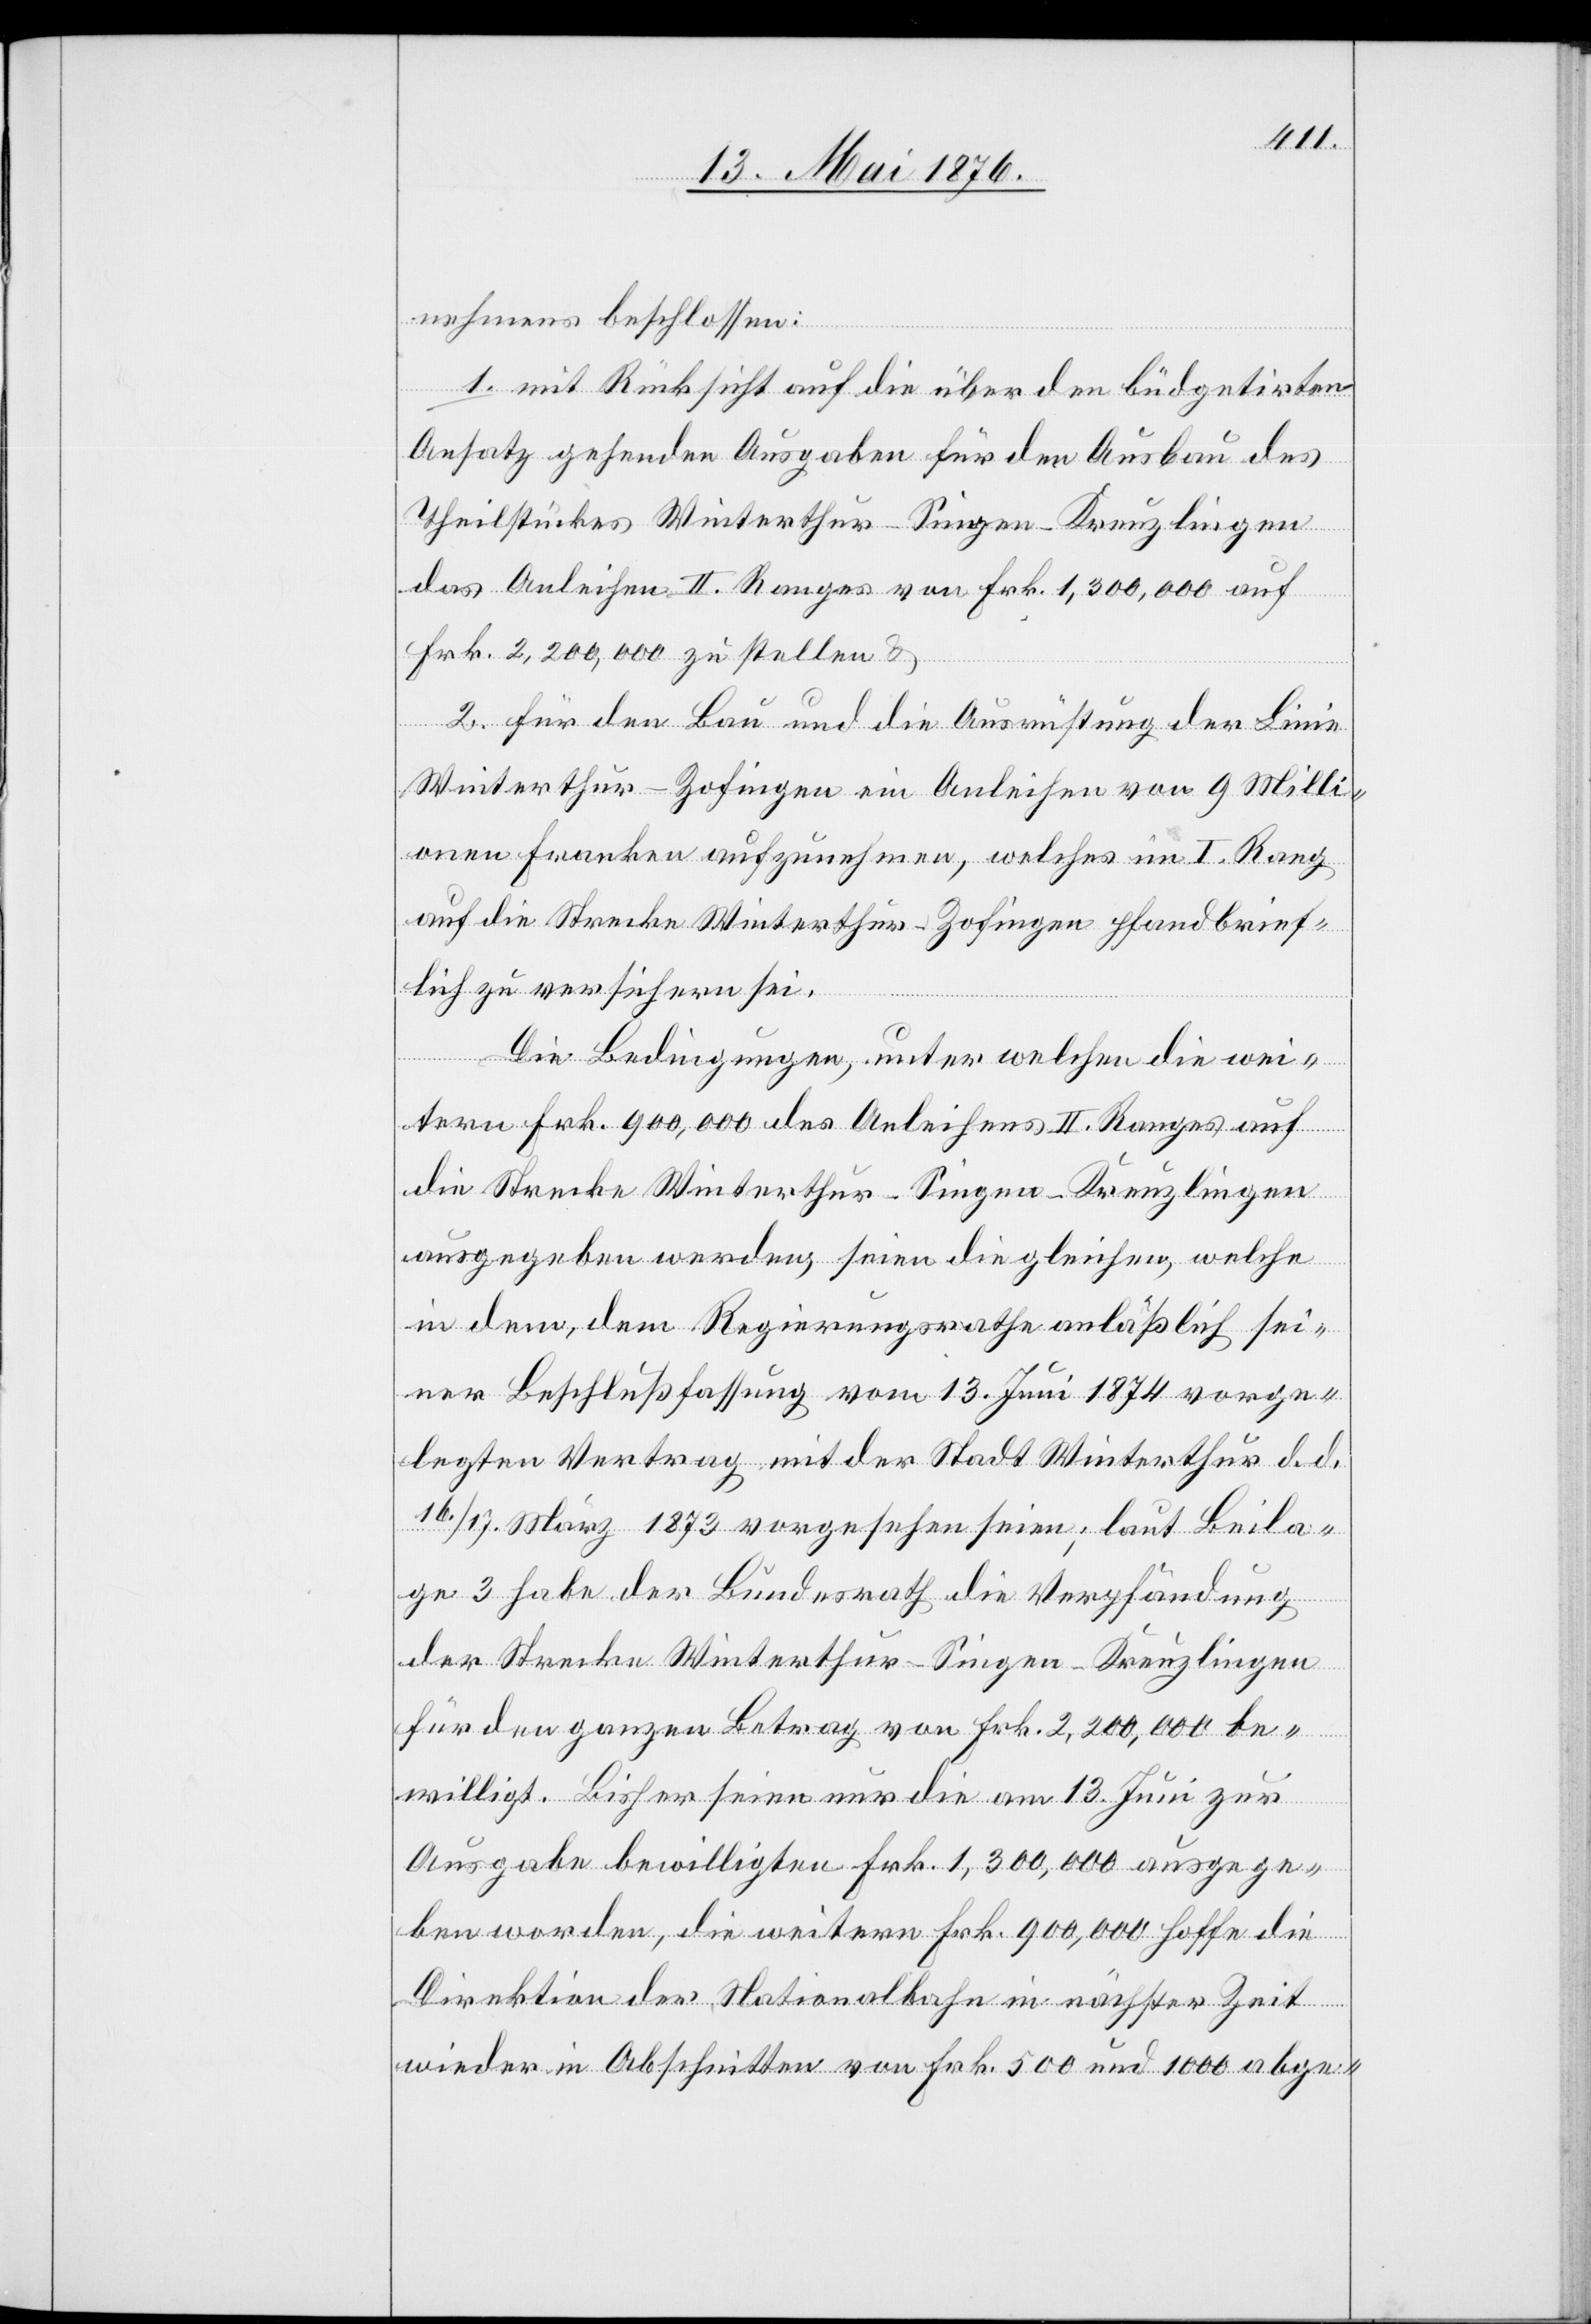
nehmens beschlossen:
1. mit Rücksicht auf die über den büdgetirten
Ansatz gehenden Ausgaben für den Ausbau des
Theilstückes Winterthur–Singen–Kreuzlingen
das Anleihen II. Ranges von Frk. 1,300,000 auf
Frk. 2,200,000 zu stellen &
2. für den Bau und die Ausrüstung der Linie
Winterthur–Zofingen ein Anleihen von 9 Milli¬
onen Franken aufzunehmen, welches im I. Rang
auf die Strecke Winterthur–Zofingen pfandbrief¬
lich zu versichern sei.
Die Bedingungen, unter welchen die wei¬
tern Frk. 900,000 des Anleihens II. Ranges auf
die Strecke Winterthur–Singen–Kreuzlingen
ausgegeben werden, seien die gleichen, welche
in dem, dem Regierungsrathe anläßlich sei¬
ner Beschlußfassung vom 14. Juni 1874 vorge¬
legten Vertrag mit der Stadt Winterthur d. d.
16./17. März 1873 vorgesehen seien; laut Beila¬
ge 3 habe der Bundesrath die Verpfändung
der Strecke Winterthur–Singen–Kreuzlingen
für den ganzen Betrag von Frk. 2,200,000 be¬
willigt. Bisher seien nur die am 13. Juni zur
Ausgabe bewilligten Frk. 1,300,000 ausgege¬
ben worden, die weitern Frk. 900,000 hoffe die
Direktion der Nationalbahn in nächster Zeit
wieder in Abschnitten von Frk. 500 und 1000 abge-